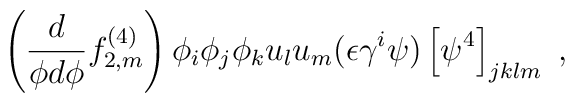
\left( \frac{d}{\phi d \phi} f^{(4)}_{2,m} \right)   \phi_i \phi_j \phi_k u_l u_m     (\epsilon \gamma^i \psi ) \left[ \psi^4 \right]_{jklm}~,